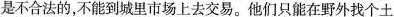
是不合法的，不能到城里市场上去交易。他们只能在野外找个土